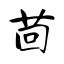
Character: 茴